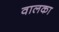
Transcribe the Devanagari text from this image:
वालका